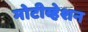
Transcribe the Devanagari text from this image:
मोटीव्हेशन